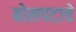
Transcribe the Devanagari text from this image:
बोलपटाचे